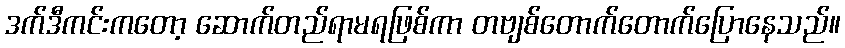
ဒက်ဒီကင်းကတော့ ဆောက်တည်ရာမရဖြစ်ကာ တဗျစ်တောက်တောက်ပြောနေသည်။